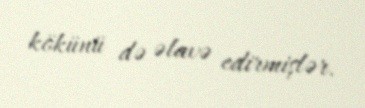
kökünü də əlavə edirmişlər.